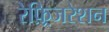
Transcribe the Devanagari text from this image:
रेफ़्रिजरेशन